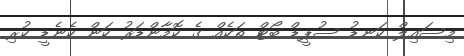
މިސައިލް ކަނޑު ސުޕީޑް ބޯޓް ތަކެއް ގެ ކޮމާންޑަރު ކަން ކެނެޑީ ކުރި